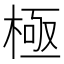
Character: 極